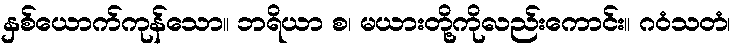
နှစ်ယောက်ကုန်သော။ ဘရိယာ စ၊ မယားတို့ကိုလည်းကောင်း။ ဂဝံသတံ၊